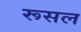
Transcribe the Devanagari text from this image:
रूसल